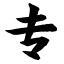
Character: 专